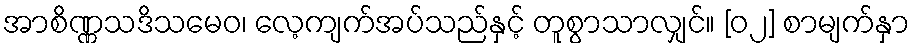
အာစိဏ္ဏသဒိသမေဝ၊ လေ့ကျက်အပ်သည်နှင့် တူစွာသာလျှင်။ [၀၂] စာမျက်နှာ